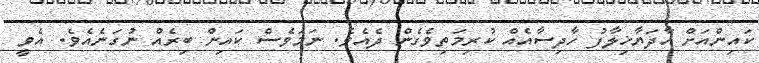
ކައިންއަށް އާދަޔާޚިލާފު ހާދިސާއެއް ކުރިމަތިވެގެން ދެއެވެ. ނަމަވެސް ކައިން ބިރެއް ނުގަނެއެވެ. އެވީ